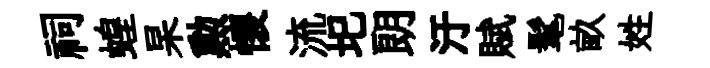
祠蝗杲勲懐流圯朗汙賦髦畝姓